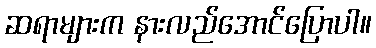
ဆရာများက နားလည်အောင်ပြောပါ။